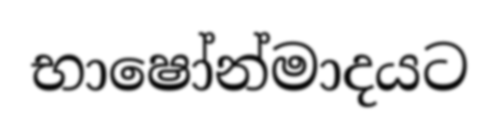
භාෂෝන්මාදයට